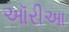
ઑરીઆ